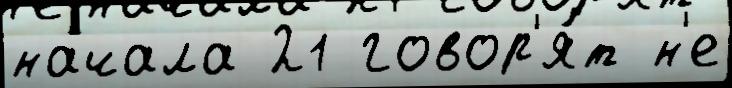
начала 21 говор'я́т н'е